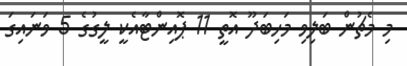
މި މެޗުން ބަލިވި މަހިބަދޫ އޮތީ 11 ޕޮއިންޓާއެކީ ލީގުގެ 5 ވަނައިގަ